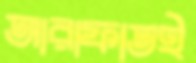
আরাফাতই